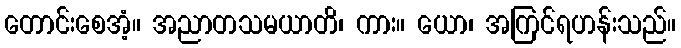
တောင်းစေအံ့။ အညာတသမယာတိ၊ ကား။ ယော၊ အကြင်ရဟန်းသည်။